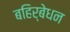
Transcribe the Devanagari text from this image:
बहिर्बेधन